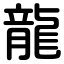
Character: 龍